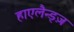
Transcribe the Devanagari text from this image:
हाएलैन्ड्ज़